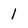
Character: 1